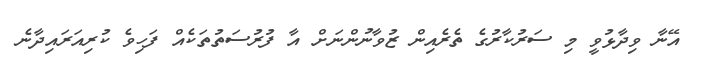
އޭނާ ވިދާޅުވީ މި ސަރުކާރުގެ ތެރެއިން ޒުވާނުންނަށް އާ ފުރުސަތުތަކެއް ފަހިވެ ކުރިއަރައިދާނެ